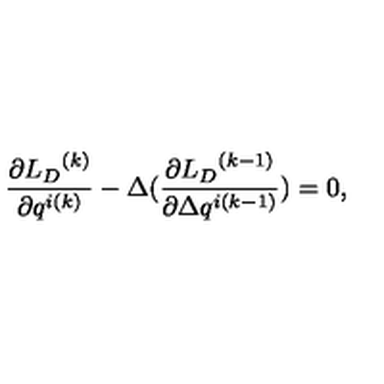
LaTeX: \frac { \partial { { L } _ { D } } ^ { ( k ) } } { \partial q ^ { i ( k ) } } - \Delta ( \frac { \partial { { L } _ { D } } ^ { ( k - 1 ) } } { \partial \Delta q ^ { i ( k - 1 ) } } ) = 0 ,